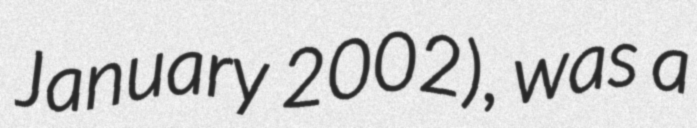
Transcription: January 2002), was a